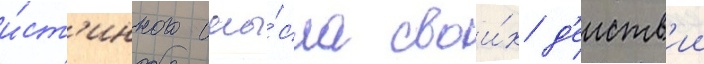
и́ст'инного смы́сла свои́х д'еиств'ии